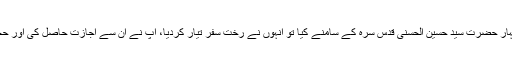
آپ نے اس شوق کا اظہار حضرت سیّد حسین الحسنی قدّس سرّہٗ کے سامنے کیا تو انہوں نے رختِ سفر تیار کردیا، آپ نے ان سے اجازت حاصل کی اور حجازِ مقدّس روانہ ہوئے۔